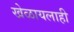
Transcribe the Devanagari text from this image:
खेळायलाही